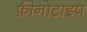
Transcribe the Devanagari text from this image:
फ़ीनोटाइप